Annual report of the Imperial Bacteriologist
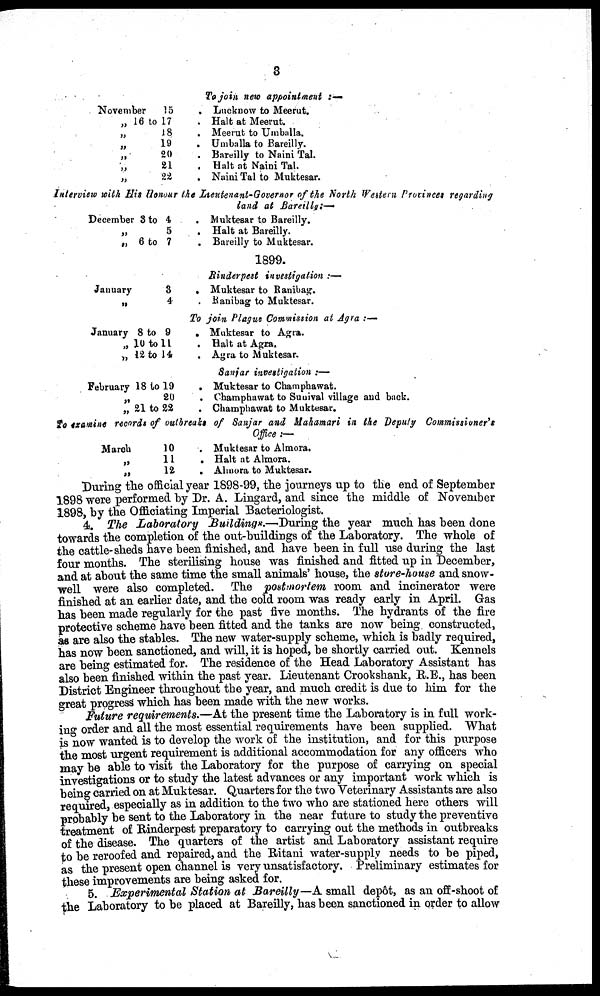
3
November
15
„ 16 to 17
„ 18
„ 19
„ 20
„ 21
„ 22
To join new appointment :—
. Lucknow to Meerut.
. Halt at Meerut.
. Meerut to Umballa.
. Umballa to Bareilly.
. Bareilly to Naini Tal.
. Halt at Naini Tal.
. Naini Tal to Muktesar.
Interview with His Honour the Lieutenant-Governor of the North Western Provinces regarding
December 3 to 4
„ 5
„ 6 to 7
January
3
„ 4
January 8 to 9
„ 10 to 11
„ 12 to 14
February 18 to 19
„ 20
„ 21 to 22
land at Bareilly :—
. Muktesar to Bareilly.
. Halt at Bareilly.
. Bareilly to Muktesar.
1899.
Rinderpest investigation :—
. Muktesar to Ranibag.
. Ranibag to Muktesar.
To join Plague Commission at Agra :—
. Muktesar to Agra.
. Halt at Agra.
. Agra to Muktesar.
Sanjar investigation ..—
. Muktesar to Champhawat.
. Champhawat to Sunival village and back.
. Champhawat to Muktesar.
to examine records of outbreaks of Sanjar and Mahamari in the Deputy Commissioner's
March
10
„ 11
„ 12
Office :—
. Muktesar to Almora.
. Halt at Almora.
. Almora to Muktesar.
During the official year 1898-99, the journeys up to the end of September
1898 were performed by Dr. A. Lingard, and since the middle of November
1898, by the Officiating Imperial Bacteriologist.
4. The Laboratory Buildings.—During the year much has been done
towards the completion of the out-buildings of the Laboratory. The whole of
the cattle-sheds have been finished, and have been in full use during the last
four months. The sterilising house was finished and fitted up in December,
and at about the same time the small animals' house, the store-house and snow-
well were also completed. The postmortem room and incinerator were
finished at an earlier date, and the cold room was ready early in April. Gas
has been made regularly for the past five months. The hydrants of the fire
protective scheme have been fitted and the tanks are now being constructed,
as are also the stables. The new water-supply scheme, which is badly required,
has now been sanctioned, and will, it is hoped, be shortly carried out. Kennels
are being estimated for. The residence of the Head Laboratory Assistant has
also been finished within the past year. Lieutenant Crookshank, R.E., has been
District Engineer throughout the year, and much credit is due to him for the
great progress which has been made with the new works.
Future requirements.—At the present time the Laboratory is in full work-
ing order and all the most essential requirements have been supplied. What
is now wanted is to develop the work of the institution, and for this purpose
the most urgent requirement is additional accommodation for any officers who
may be able to visit the Laboratory for the purpose of carrying on special
investigations or to study the latest advances or any important work which is
being carried on at Muktesar. Quarters for the two Veterinary Assistants are also
required, especially as in addition to the two who are stationed here others will
probably be sent to the Laboratory in the near future to study the preventive
treatment of Rinderpest preparatory to carrying out the methods in outbreaks
of the disease. The quarters of the artist and Laboratory assistant require
to be reroofed and repaired, and the Ritani water-supply needs to be piped,
as the present open channel is very unsatisfactory. Preliminary estimates for
these improvements are being asked for.
5. Experimental Station at Bareilly—A small depôt, as an off-shoot of
the Laboratory to be placed at Bareilly, has been sanctioned in order to allow